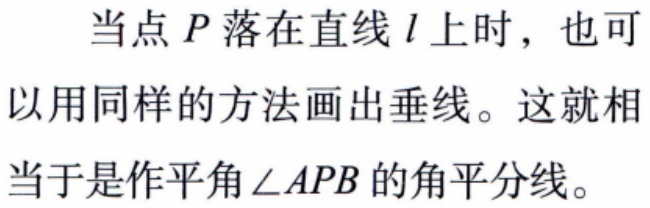
当点\(P\)落在直线\(l\)上时，也可以用同样的方法画出垂线。这就相当于是作平角\(\angle APB\)的角平分线。